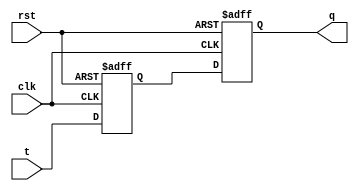
module t_flip_flop (
    input wire clk,       // clock input
    input wire rst,       // reset input
    input wire t,         // toggle input
    output reg q          // output
);

reg d1, d2;              // internal signals

// Master flip-flop
always @(posedge clk or posedge rst) begin
    if (rst) begin
        d1 <= 1'b0;
    end else begin
        d1 <= t;         // toggle input fed into master flip-flop
    end
end

// Slave flip-flop
always @(posedge clk or posedge rst) begin
    if (rst) begin
        d2 <= 1'b0;
    end else begin
        d2 <= d1;        // master flip-flop output fed into slave flip-flop
    end
end

assign q = d2;          // output from slave flip-flop

endmodule